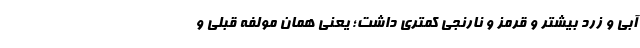
آبی و زرد بیشتر و قرمز و نارنجی کمتری داشت؛ یعنی همان مولفه قبلی و